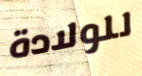
للولادة